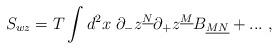
LaTeX: \begin{align*}S_{wz} = T \int d^2 x \;\partial_- z^{\underline{N}}\partial_+ z^{\underline{M}} B_{\underline{MN}} + ... \;,\end{align*}